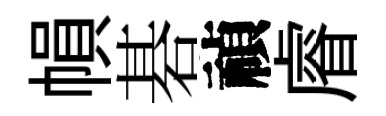
𢄙碁禎𥈠